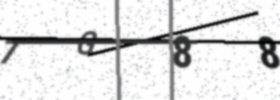
Text: 7G88